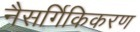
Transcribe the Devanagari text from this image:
नैसर्गिकिकरण